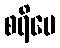
စရိမေ